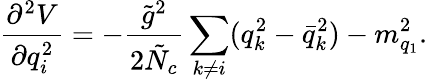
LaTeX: \frac{\partial^{2}V}{\partial q_{i}^{2}}=-\frac{\tilde{g}^{2}}{2\tilde{N}_{c}}\sum_{k\neq i}(q_{k}^{2}-\bar{q}_{k}^{2})-m_{q_{1}}^{2}.